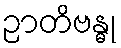
ဉာတိဗန္ဓု